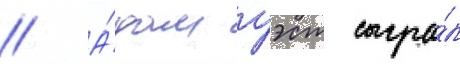
// А́дам уэст сыгра́л